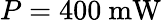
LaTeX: P=400~\mathrm{mW}